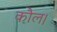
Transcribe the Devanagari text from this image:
कौल।